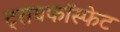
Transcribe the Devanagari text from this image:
ट्रायफॉस्फेट